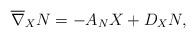
LaTeX: \begin{align*}\overline \nabla _XN=-A_NX+D_XN ,\end{align*}